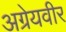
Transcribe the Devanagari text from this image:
अग्रेयवीर